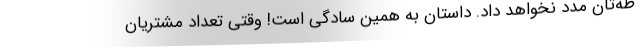
ظه‌تان مدد نخواهد داد. داستان به همین سادگی است! وقتی تعداد مشتریان